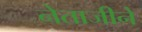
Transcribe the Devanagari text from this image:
नेताजीने